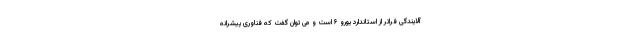
آلایندگی فراتر از استاندارد یورو ۶ است و می توان گفت که فناوری پیشرانه